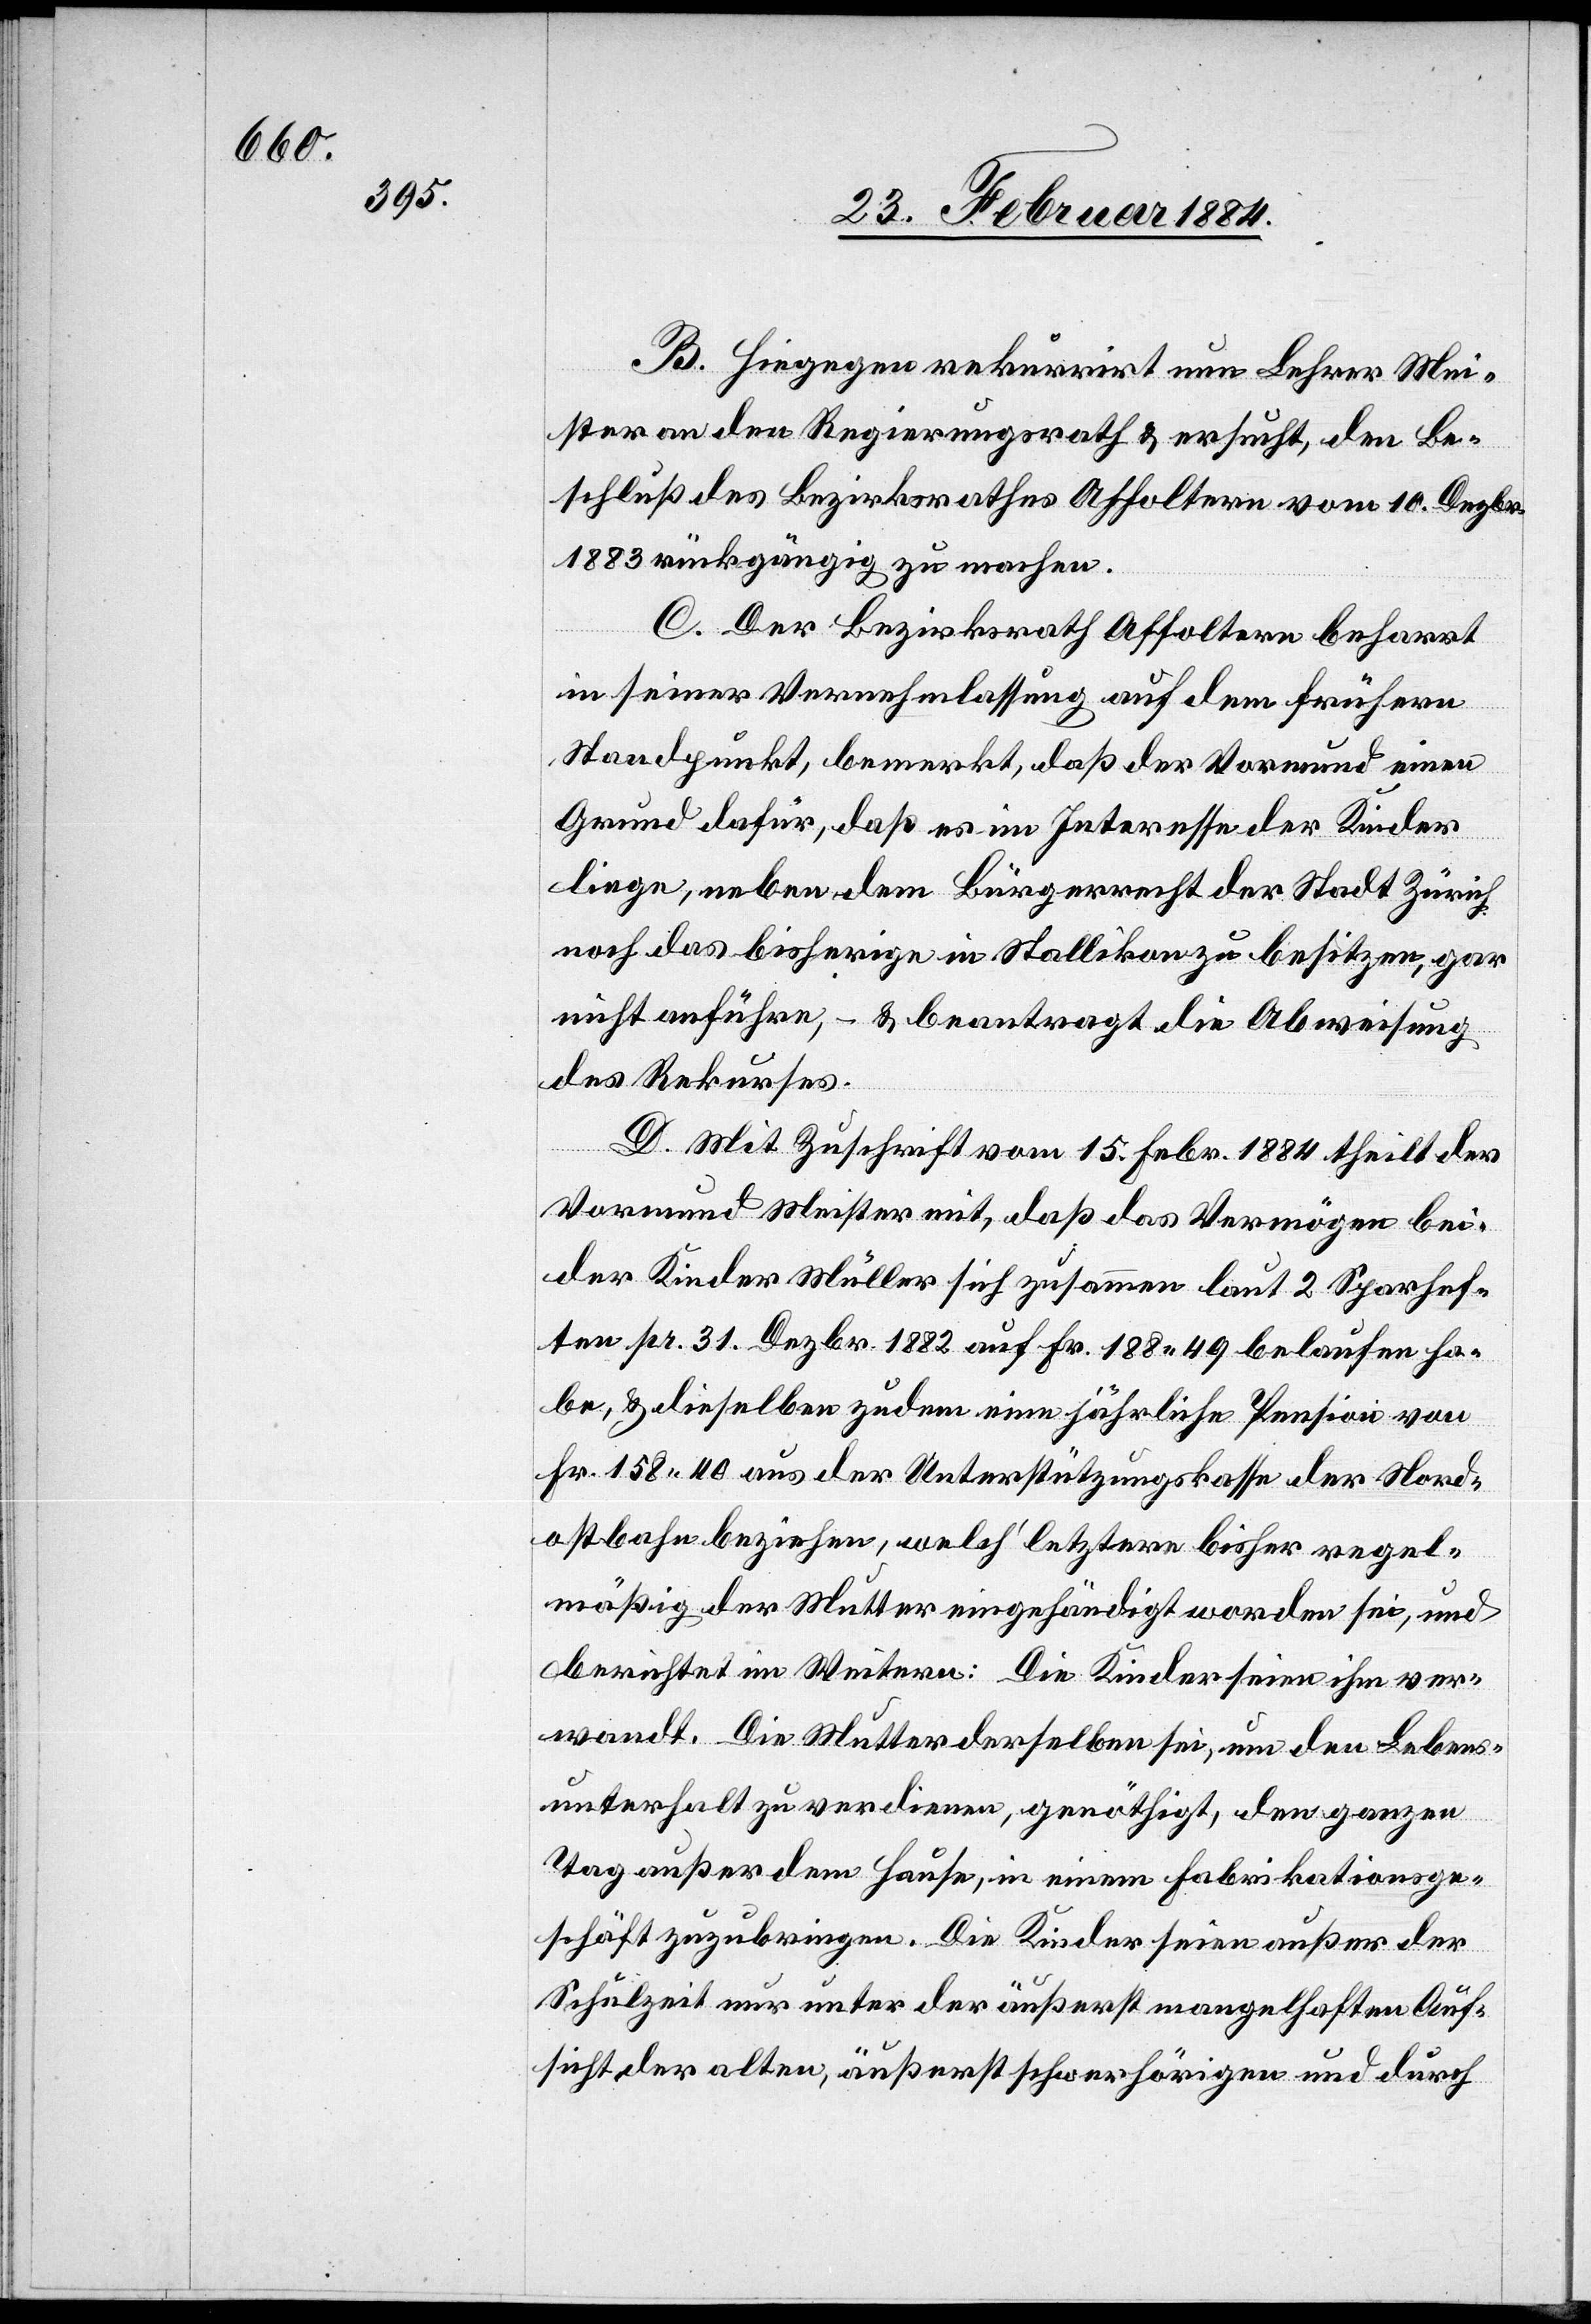
B. Hiegegen rekurrirt nun Lehrer Mei¬
ster an den Regierungsrath & ersucht, den Be¬
schluß des Bezirksrathes Affoltern vom 10. Dezbr.
1883 rückgängig zu machen.
C. Der Bezirksrath Affoltern beharrt
in seiner Vernehmlassung auf dem frühern
Standpunkt, bemerkt, daß der Vormund einen
Grund dafür, daß es im Interesse der Kinder
liege, neben dem Bürgerrecht der Stadt Zürich
noch das bisherigen in Stallikon zu besitzen, gar
nicht anführe, – & beantragt die Abweisung
des Rekurses.
D. Mit Zuschrift vom 15. Febr. 1884 theilt der
Vormund Meister mit, daß das Vermögen bei¬
der Kinder Müller sich zusammen laut 2 Sparhef¬
ten pr. 31. Dezbr. 1882 auf Fr. 188 49 belaufen ha¬
be, & dieselben zudem eine jährliche Pension von
Fr. 158 40 aus der Unterstützungskasse der Nord¬
ostbahn beziehe, welch’ letztere bisher regel¬
mäßig der Mutter eingehändigt worden sei, und
berichtet im Weitern: Die Kinder seien ihm ver¬
wandt. Die Mutter derselben sei, um den Lebens¬
unterhalt zu verdienen, genöthigt, den ganzen
Tag außer dem Hause, in einem Fabrikationsge¬
schäft zuzubringen. Die Kinder seien außer der
Schulzeit nur unter der äußerst mangelhaften Auf¬
sicht der alten, äußerst schwerhörigen und durch